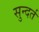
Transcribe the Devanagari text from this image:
सुन्दर्त